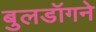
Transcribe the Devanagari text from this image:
बुलडॉगने